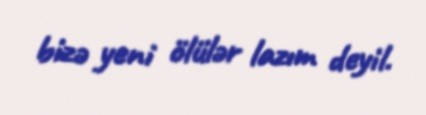
bizə yeni ölülər lazım deyil.